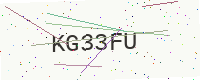
Text: KG33FU